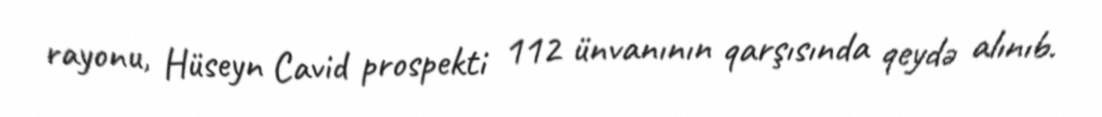
rayonu, Hüseyn Cavid prospekti 112 ünvanının qarşısında qeydə alınıb.